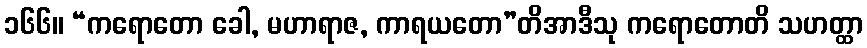
၁၆၆။ “ကရောတော ခေါ, မဟာရာဇ, ကာရယတော”တိအာဒီသု ကရောတောတိ သဟတ္ထာ